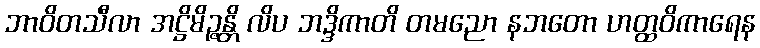
ဘာဝိတသီလာ အဋ္ဌိမိဉ္ဇန္တိ လိပ ဘဒ္ဒိကာတိ တမညော နဘတော ဟတ္ထဝိကာရေန